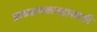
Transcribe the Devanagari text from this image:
प्राध्यापकपदासाठी